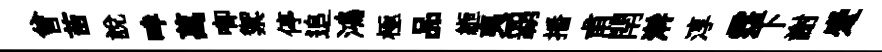
曾苗說畔萬唧禦停追鴻極品縆夷覇播甫閈澣淳霑下謝蹙